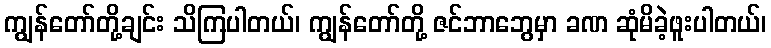
ကျွန်တော်တို့ချင်း သိကြပါတယ်၊ ကျွန်တော်တို့ ဇင်ဘာဘွေမှာ ခဏ ဆုံမိခဲ့ဖူးပါတယ်၊